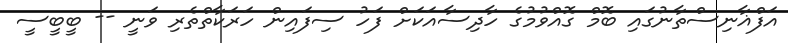
އަފްޣާނިސްތާނުގައި ބޮމް ގޮއްވުމުގެ ހާދިސާއަކަށް ފަހު ސިފައިން ހަރަކާތްތެރި ވަނީ -- ބީބީސީ